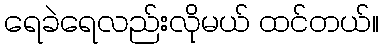
ရေခဲရေလည်းလိုမယ် ထင်တယ်။